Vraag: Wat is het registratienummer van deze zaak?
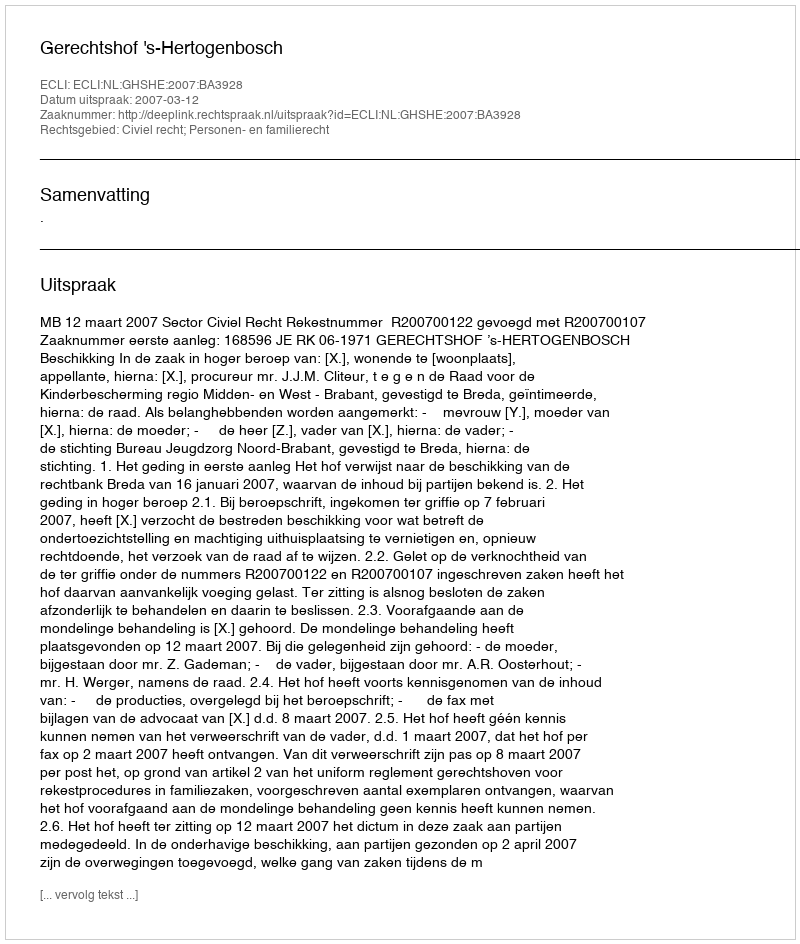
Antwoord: http://deeplink.rechtspraak.nl/uitspraak?id=ECLI:NL:GHSHE:2007:BA3928